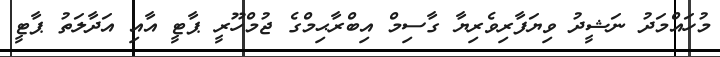
މުހައްމަދު ނަޝީދު ވިޔަފާރިވެރިޔާ ގާސިމް އިބްރާޙިމްގެ ޖުމްހޫރީ ޕާޓީ އާއި އަދާލަތު ޕާޓީ